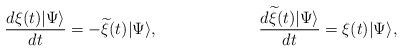
LaTeX: \begin{align*}\frac{d\xi(t)|\Psi \rangle}{dt} = -{\widetilde \xi}(t)|\Psi \rangle,\hspace{1.0in}\frac{d{\widetilde \xi}(t)|\Psi \rangle}{dt} = \xi(t)|\Psi \rangle,\end{align*}